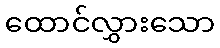
ထောင်လွှားသော